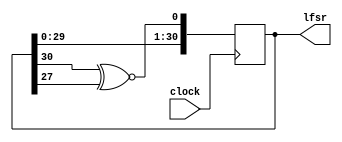
module random (
   input clock,
   output reg [30:0] lfsr
); 
  
always @(posedge clock) begin
  lfsr <= {lfsr[29:0], lfsr[30] ^~ lfsr[27]}; 
end
   
endmodule